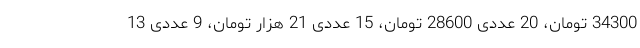
34300 تومان، 20 عددی 28600 تومان، 15 عددی 21 هزار تومان، 9 عددی 13